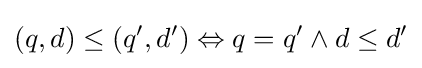
(q,d)\leq (q',d')\Leftrightarrow q=q'\wedge d\leq d'